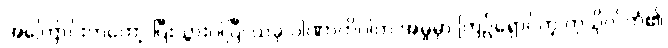
အကြောင်းကတော့ ပြီးသွားပါပြီ၊ ယခု ပါဏာတိပါတ အမှုမှာ ကြဉ်ရှောင်တဲ့ ကုသိုလ်ကံ၏